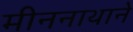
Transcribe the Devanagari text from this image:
मीननाथाने